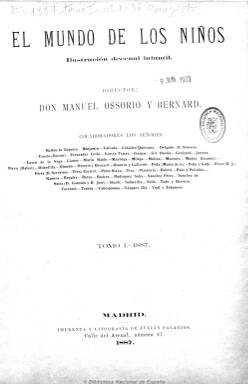
Título: El Mundo de los niños (Madrid)
Colección: Revistas infantiles
Ámbito geográfico: Madrid
Lugar de publicación: Madrid
Fechas: 10/01/1887-30/12/1891

Subtitulado “ilustración decenal infantil”, es un periódico dirigido directamente para su difusión a niñas y niños al que su editor, el impresor Julián Palacios, le da su dirección al escritor y periodista Manuel Ossorio y Bernard. De ocho páginas por número, que después ampliará hasta las dieciséis, dedicará sus centrales a una lámina. Bellamente ilustrado con grabados, desde su primera página, muchos de los cuales son en color. Su título incluye la leyenda “con magníficos cromos, grabados y cuentos ilustrados”.

Cada número comienza con un artículo de Ossorio bajo el epígrafe “Conversación familiar”, y sus contenidos serán preferentemente cuentos y otras narraciones infantiles, fábulas, máximas, pensamientos, baladas, así como otros textos sobre cuestiones sociales relativas a la infancia (como la pobreza y las sociedades benefactoras o enfermedades y medicina), arte, costumbres, conocimientos sobre adelantos técnicos, rasgos heroicos sobre personalidades, y una sección que titula “Juegos de imaginación”, con enigmas y ejercicios. También publicará numerosas composiciones poéticas y algunos anuncios.

Entre sus muchos colaboradores están Antonio Ros de Olano, Joaquín Olmedilla y Puig, Severino Pérez, María de la Peña, Ángel Ossorio y Gallardo y Ángel Lasso de la Vega. Cada tomo cuenta con un índice de autores y grabados.